Annual report of the Punjab Veterinary College and of the Civil Veterinary Department, Punjab - 1920-1925
Year: 1920
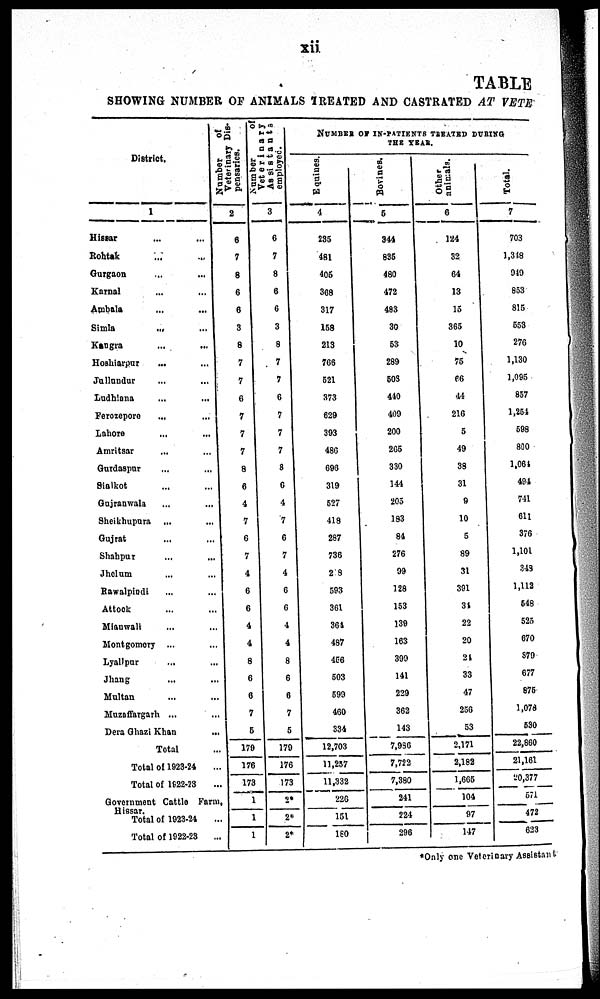
xii
TABLE
SHOWING NUMBER OF ANIMALS TREATED AND CASTRATED AT VETE
District.
1
Hissar ... ...
Rohtak ... ...
Gurgaon ... ...
Karnal ... ...
Ambala ... ...
Simla
...
...
Kangra ... ...
Hoshiarpur ... ...
Jullundur ... ...
Ludhiana ... ...
Ferozepore ... ...
Lahore ... ...
Amritsar ... ...
Gurdaspur ... ...
Sialkot ... ...
Gujranwala
...
...
Sheikhupura ...
...
Gujrat
...
...
Shahpur
...
...
Jhelum
...
...
Rawalpindi
...
...
Attock
...
...
Mianwali
...
...
Montgomery ...
...
Lyallpur
...
..
Jhang
...
...
Multan ... ...
Muzaffargarh ... ...
Dera Ghazi Khan ...
Total
Total of 1923-24 ...
Total of 1922-23 ...
Government Cattle Farm,
Hissar.
Total of 1923-24 ...
Total of 1922-23 ...
Number
of
Veterinary Dis-
pensaries.
2
6
7
8
6
6
3
8
7
7
6
7
7
7
8
6
4
7
6
7
4
6
6
4
4
8
6
6
7
5
179
176
173
1
1
1
Number
of
Veterinary
Assistants
employed.
3
6
7
8
6
6
3
8
7
7
6
7
7
7
8
6
4
7
6
7
4
6
6
4
4
8
6
6
7
5
179
176
173
2*
2*
2*
NUMBER OF IN-PATIENTS TREATED DURING
THE
YEAR.
Equines.
4
235
481
405
368
317
158
213
766
521
373
629
393
486
696
319
527
418
287
736
218
593
361
361
487
456
503
599
460
334
12,703
11,257
11,332
226
151
180
Bovines.
5
344
835
480
472
483
30
53
289
503
440
409
200
265
330
144
205
183
84
276
99
128
153
139
163
399
141
229
362
143
7,936
7,722
7,380
241
224
296
Other
animals.
6
124
32
64
13
15
365
10
75
66
44
216
5
49
38
31
9
10
5
89
31
391
34
22
20
24
33
47
256
53
2,171
2,182
1,665
104
97
147
Total.
7
703
1,348
949
853
815
553
276
1,130
1,095
857
1,254
598
800
1,064
494
741
611
376
1,101
348
1,112
548
525
670
879
677
875
1,078
530
22,860
21,161
20,377
571
472
623
*Only one Veterinary Assistant